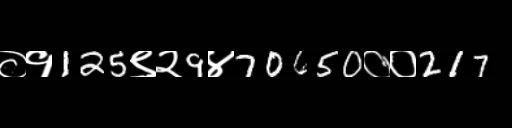
Text: ०१125९२9४70650००217